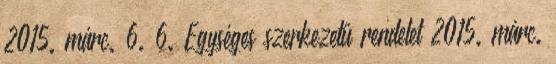
2015. márc. 6. 6. Egységes szerkezetű rendelet 2015. márc.